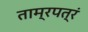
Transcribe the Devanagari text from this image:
ताम्रपत्रं